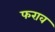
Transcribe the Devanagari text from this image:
फराव